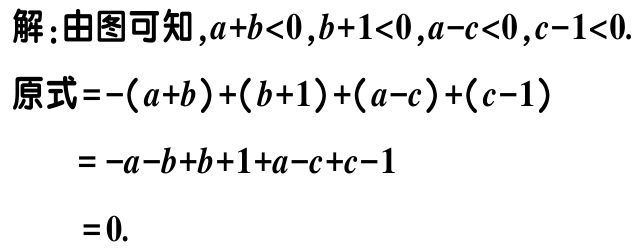
解：由图可知，\(a + b < 0\)，\(b + 1 < 0\)，\(a - c < 0\)，\(c - 1 < 0\).
原式\(=-(a + b)+(b + 1)+(a - c)+(c - 1)\)
\(= -a - b + b + 1 + a - c + c - 1\)
\(= 0\).